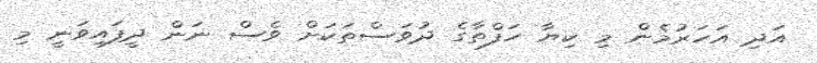
އަދި އަހަރުމެން މި ކިޔާ ހަފްތާގެ ދުވަސްތަކަށް ވެސް ނަން ދީފައިވަނީ މި